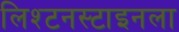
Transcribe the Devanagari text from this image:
लिश्टनस्टाइनला